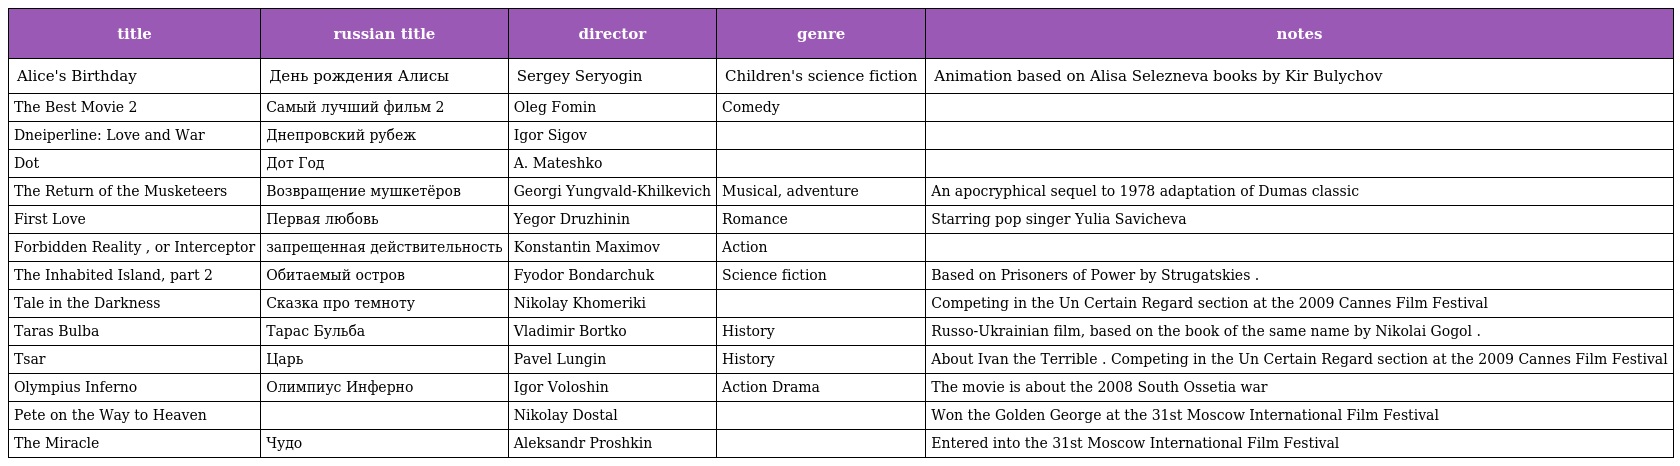
| title | russian title | director | genre | notes |
 | --- | --- | --- | --- | --- |
 | Alice's Birthday | День рождения Алисы | Sergey Seryogin | Children's science fiction | Animation based on Alisa Selezneva books by Kir Bulychov |
 | The Best Movie 2 | Самый лучший фильм 2 | Oleg Fomin | Comedy |  |
 | Dneiperline: Love and War | Днепровский рубеж | Igor Sigov |  |  |
 | Dot | Дот Год | A. Mateshko |  |  |
 | The Return of the Musketeers | Возвращение мушкетёров | Georgi Yungvald-Khilkevich | Musical, adventure | An apocryphical sequel to 1978 adaptation of Dumas classic |
 | First Love | Первая любовь | Yegor Druzhinin | Romance | Starring pop singer Yulia Savicheva |
 | Forbidden Reality , or Interceptor | запрещенная действительность | Konstantin Maximov | Action |  |
 | The Inhabited Island, part 2 | Обитаемый остров | Fyodor Bondarchuk | Science fiction | Based on Prisoners of Power by Strugatskies . |
 | Tale in the Darkness | Сказка про темноту | Nikolay Khomeriki |  | Competing in the Un Certain Regard section at the 2009 Cannes Film Festival |
 | Taras Bulba | Тарас Бульба | Vladimir Bortko | History | Russo-Ukrainian film, based on the book of the same name by Nikolai Gogol . |
 | Tsar | Царь | Pavel Lungin | History | About Ivan the Terrible . Competing in the Un Certain Regard section at the 2009 Cannes Film Festival |
 | Olympius Inferno | Олимпиус Инферно | Igor Voloshin | Action Drama | The movie is about the 2008 South Ossetia war |
 | Pete on the Way to Heaven |  | Nikolay Dostal |  | Won the Golden George at the 31st Moscow International Film Festival |
 | The Miracle | Чудo | Aleksandr Proshkin |  | Entered into the 31st Moscow International Film Festival |